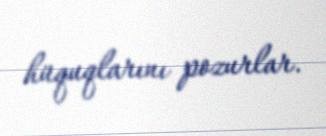
hüquqlarını pozurlar.